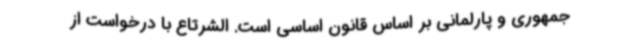
جمهوری و پارلمانی بر اساس قانون اساسی است. الشرتاع با درخواست از